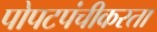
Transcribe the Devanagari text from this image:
पोपटपंचीकरता